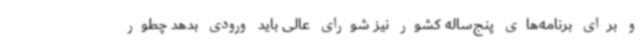
و برای برنامه‌های پنج‌ساله کشور نیز شورای عالی باید ورودی بدهد چطور